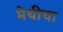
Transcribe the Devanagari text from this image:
मेथीचा